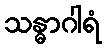
သန္ဓာဂါရံ